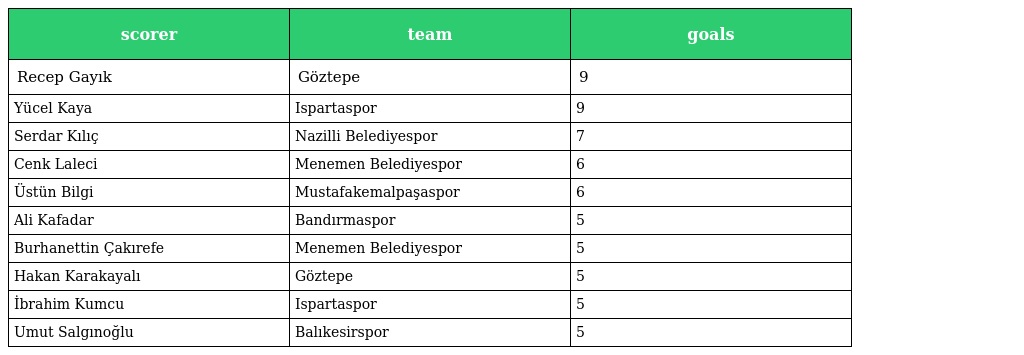
| scorer | team | goals |
 | --- | --- | --- |
 | Recep Gayık | Göztepe | 9 |
 | Yücel Kaya | Ispartaspor | 9 |
 | Serdar Kılıç | Nazilli Belediyespor | 7 |
 | Cenk Laleci | Menemen Belediyespor | 6 |
 | Üstün Bilgi | Mustafakemalpaşaspor | 6 |
 | Ali Kafadar | Bandırmaspor | 5 |
 | Burhanettin Çakırefe | Menemen Belediyespor | 5 |
 | Hakan Karakayalı | Göztepe | 5 |
 | İbrahim Kumcu | Ispartaspor | 5 |
 | Umut Salgınoğlu | Balıkesirspor | 5 |